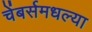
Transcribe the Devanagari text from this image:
चेंबर्समधल्या